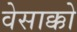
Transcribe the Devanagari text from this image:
वेसाक्को